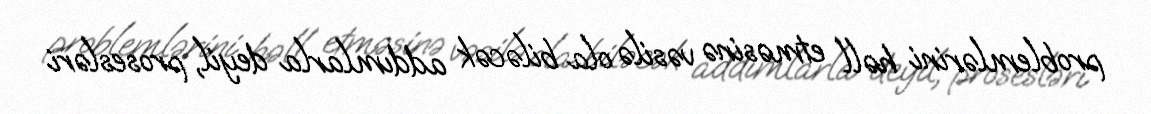
problemlərini həll etməsinə vəsilə ola biləcək addımlarla deyil, prosesləri